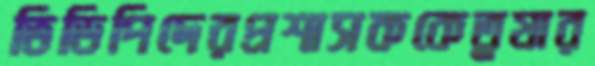
ভিডিপিদেরপ্রশাসককেতুষার